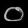
Digit: ၀